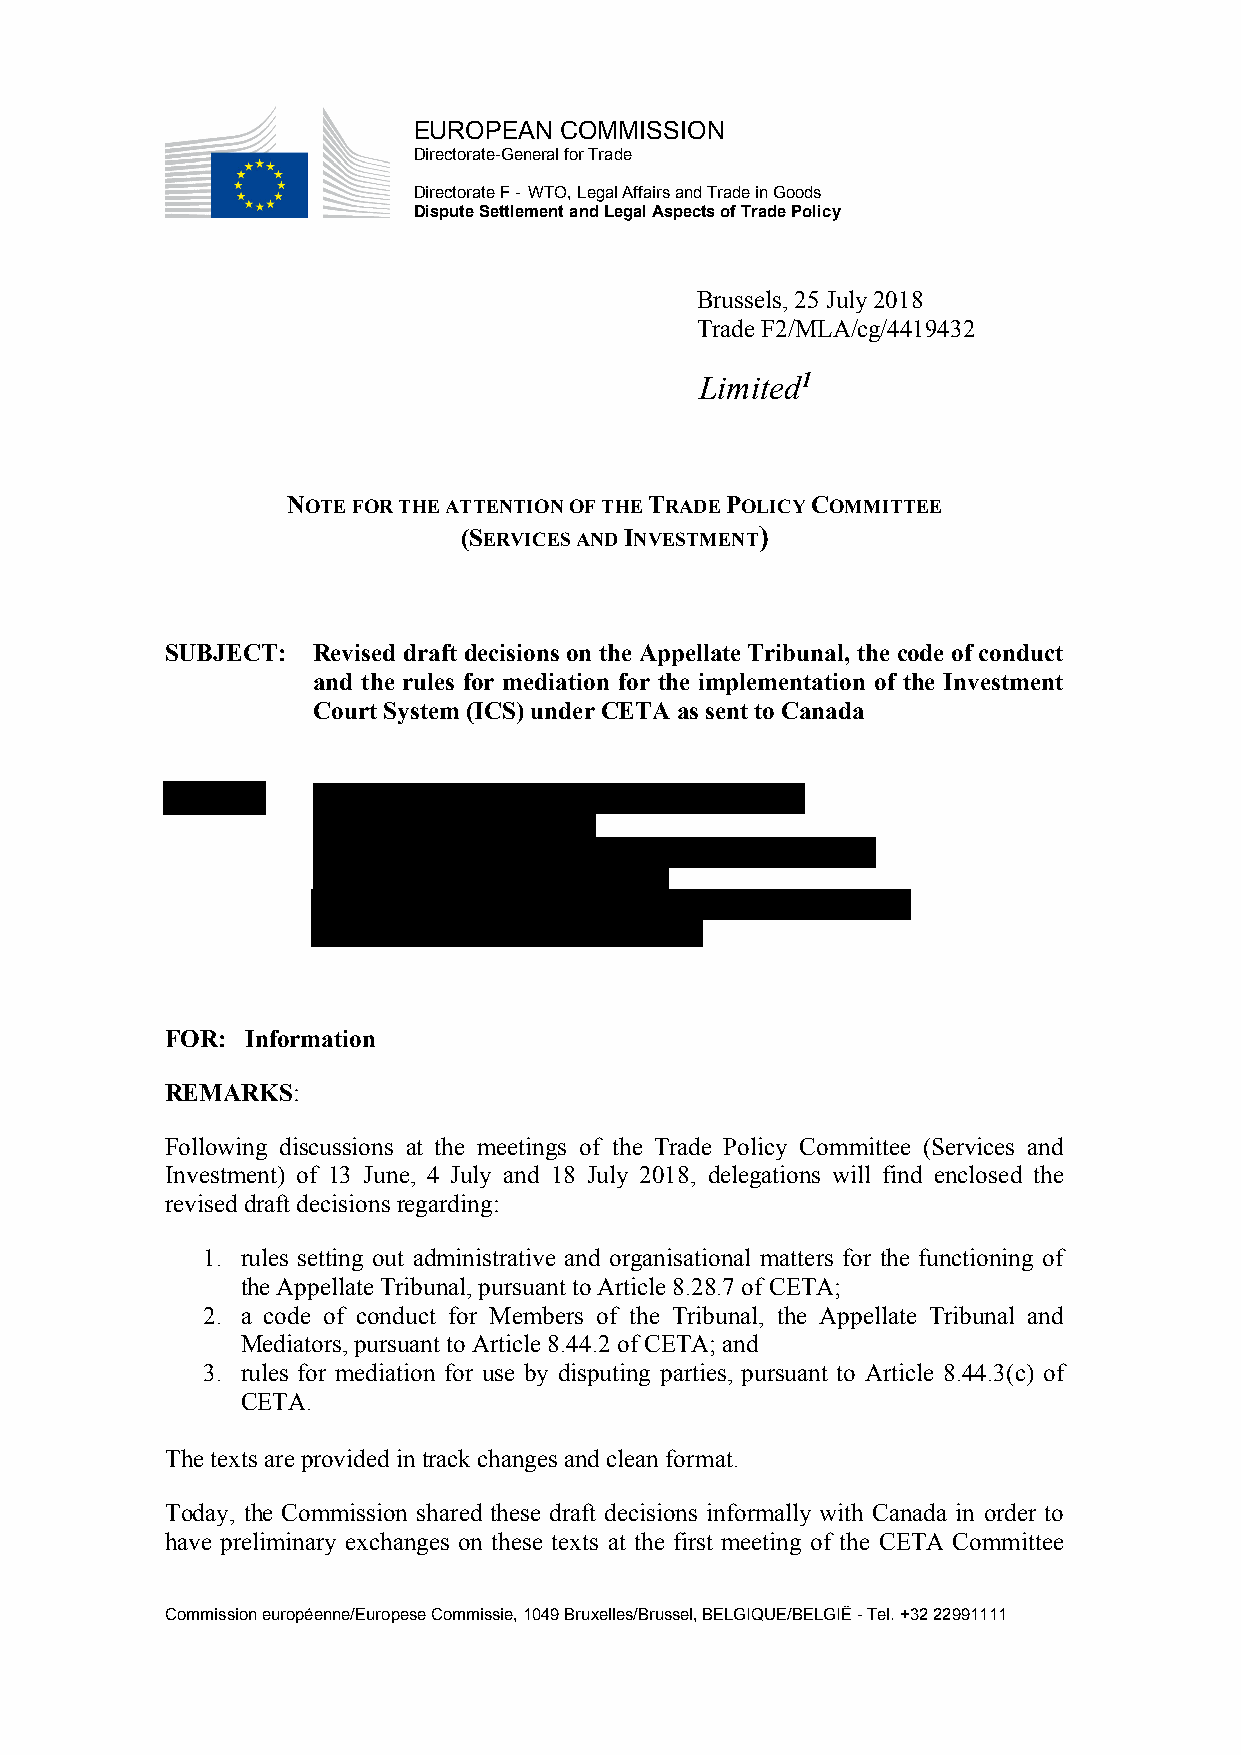
EUROPEAN  COMMISSION
 Directorate-General for Trade
 Directorate F - WTO, Legal Affairs and Trade in Goods
 Dispute Settlement and Legal Aspects of Trade Policy
 Brussels, 25 July 2018
 Trade F2/MLA/cg/4419432
 Limited1
 NOTE FOR THE ATTENTION OF THE TRADE POLICY COMMITTEE
 (SERVICES AND INVESTMENT)
 SUBJECT:  Revised draft decisions on the Appellate Tribunal, the code of conduct
 and the rules for mediation for the implementation of the Investment
 Court System (ICS) under CETA as sent to Canada
 FOR: Information
 REMARKS:
 Following discussions at the meetings of the Trade Policy Committee (Services and
 Investment) of 13 June, 4 July and 18 July 2018, delegations will find enclosed the
 revised draft decisions regarding:
 1. rules setting out administrative and organisational matters for the functioning of
 the Appellate Tribunal, pursuant to Article 8.28.7 of CETA;
 2. a code of conduct for Members of the Tribunal, the Appellate Tribunal and
 Mediators, pursuant to Article 8.44.2 of CETA; and
 3. rules for mediation for use by disputing parties, pursuant to Article 8.44.3(c) of
 CETA.
 The texts are provided in track changes and clean format.
 Today, the Commission shared these draft decisions informally with Canada in order to
 have preliminary exchanges on these texts at the first meeting of the CETA Committee
 Commission européenne/Europese Commissie, 1049 Bruxelles/Brussel, BELGIQUE/BELGIË - Tel. +32 22991111